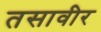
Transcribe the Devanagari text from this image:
तसावीर